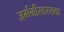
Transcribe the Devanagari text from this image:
जर्मनीसारख्या